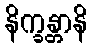
နိက္ခန္တာနိ